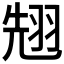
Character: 𮶌